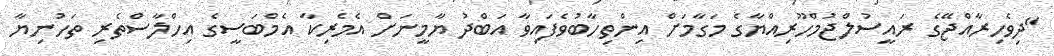
"ދިވެހިރާއްޖޭގެ ރައީސުލްޖުމްހޫރިއްޔާގެ މަގާމަށް އިންތިހާބުވެފައިވާ އަބްދު ޔާމީނަށް އެމެރިކާ އެމްބަސީގެ އިހްލާސްތެރި ތަހުނިޔާ